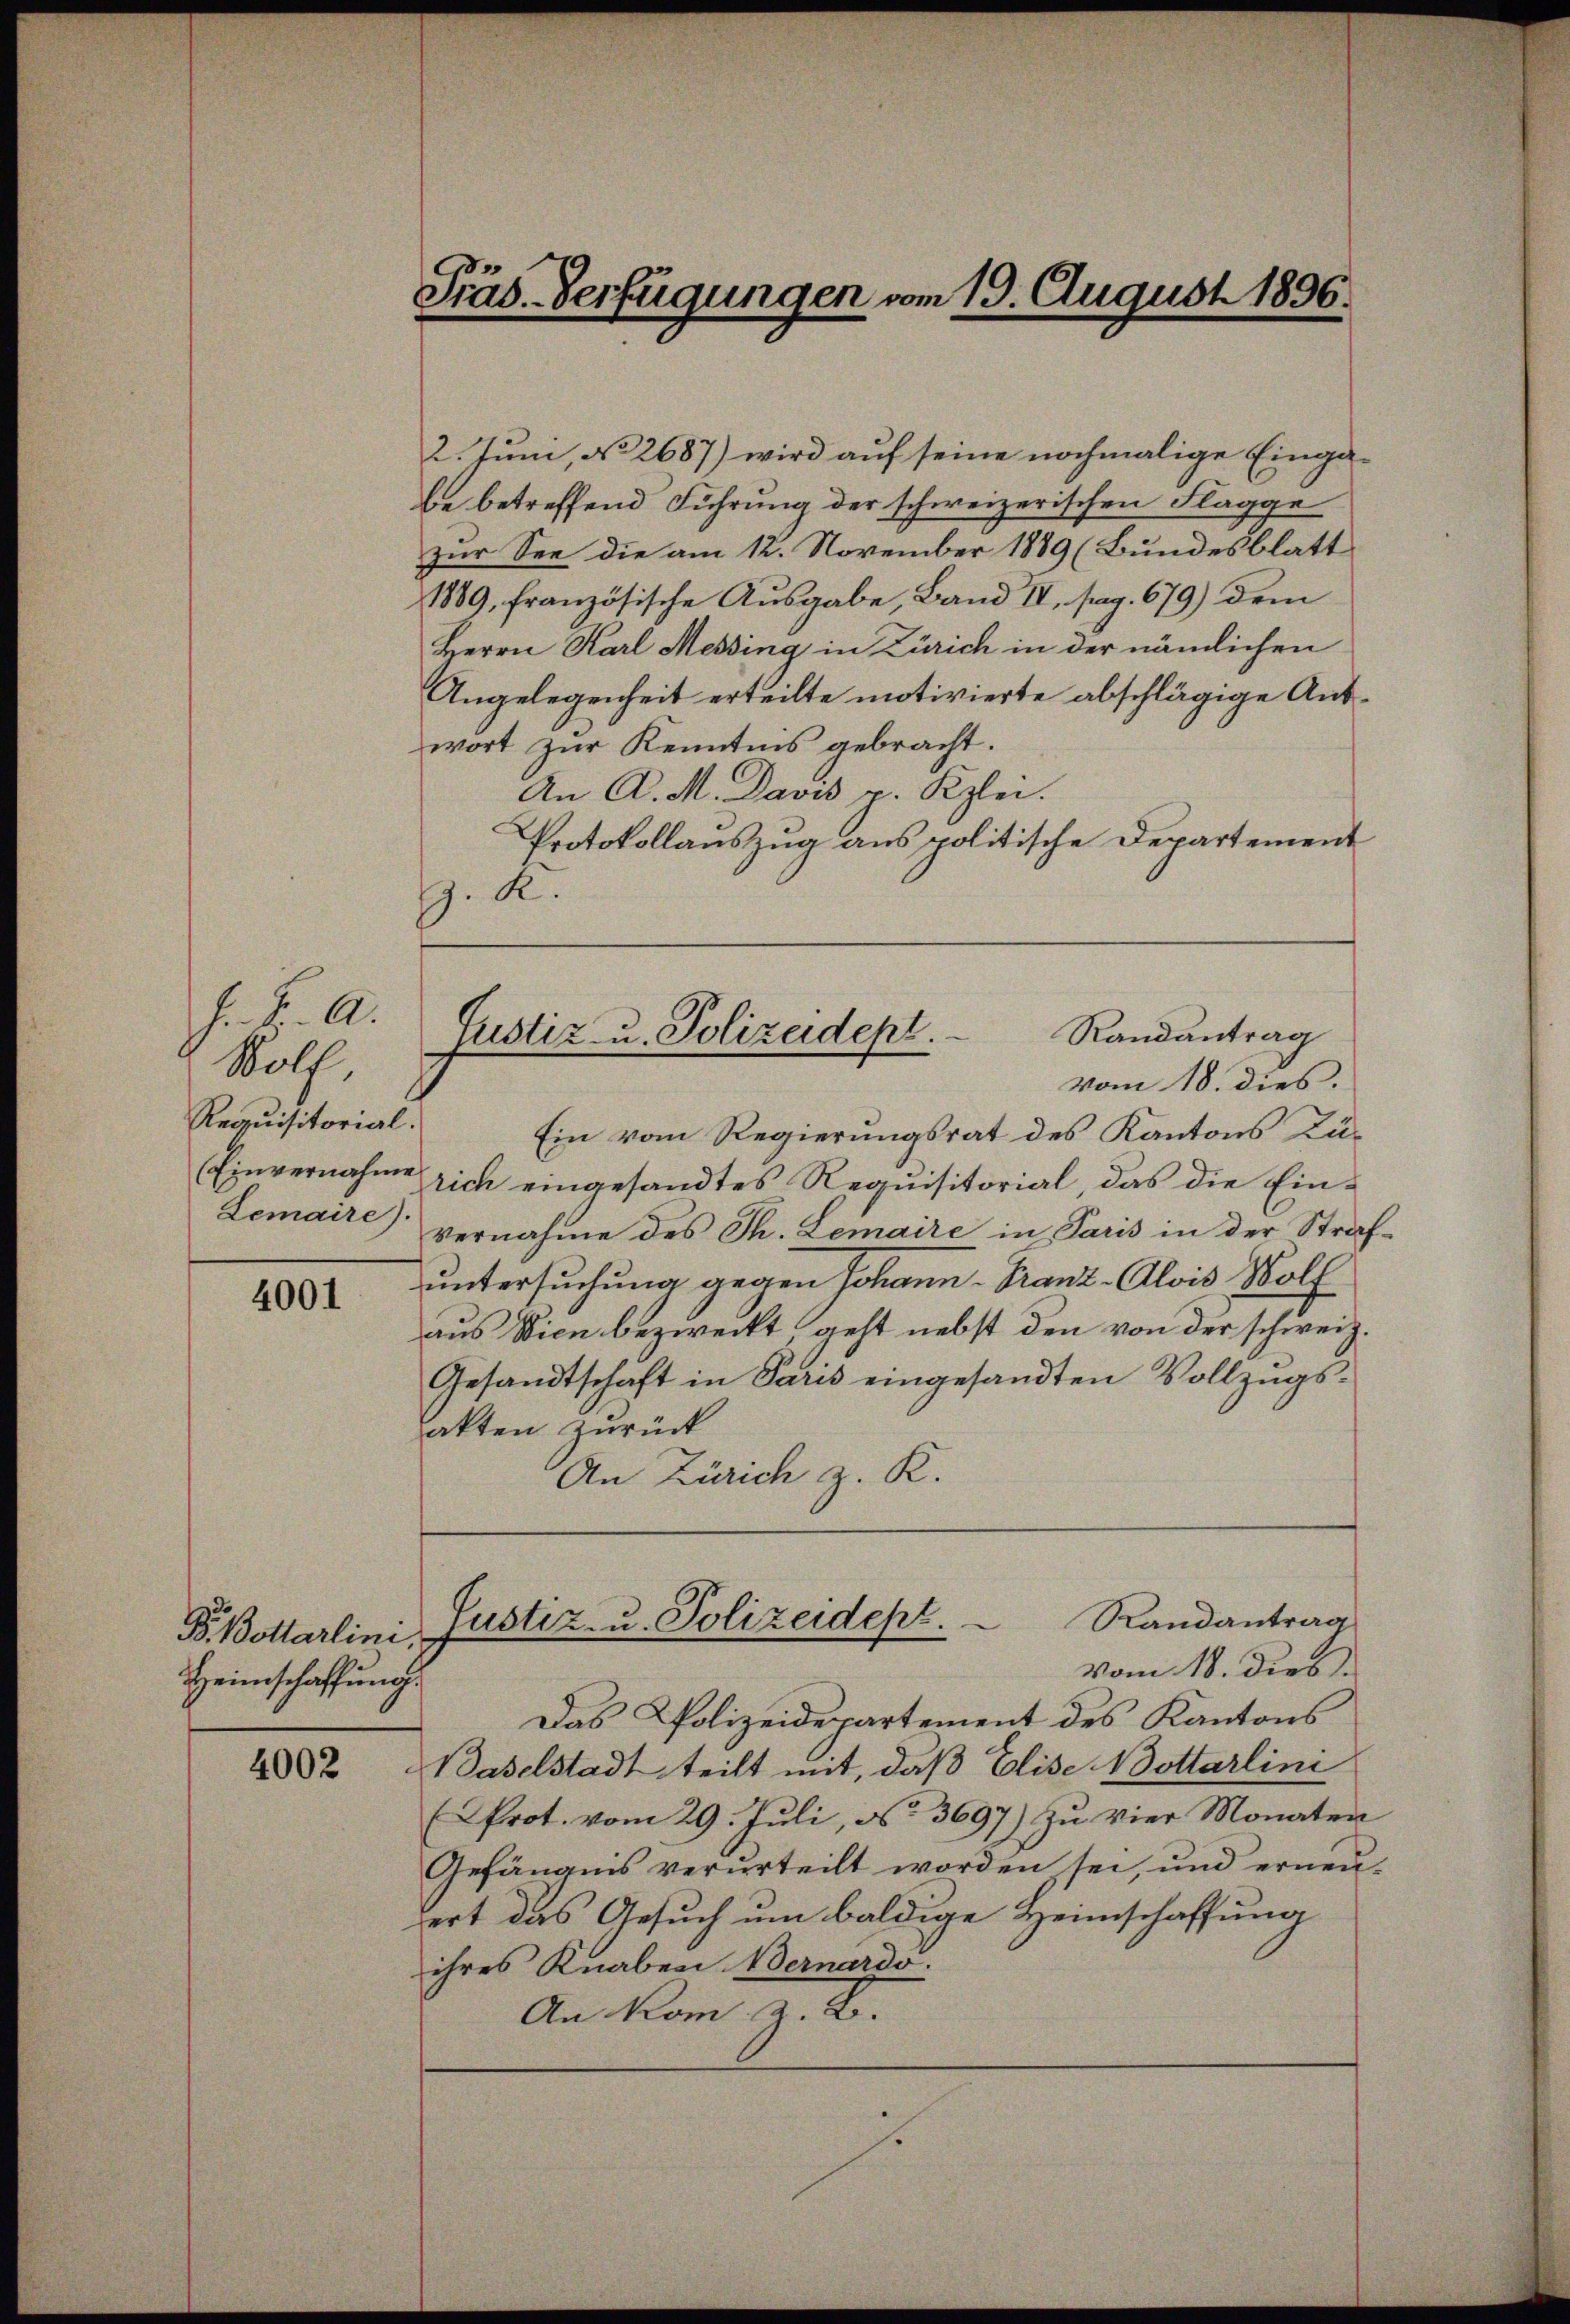
. K. A.
.
Wolf.
Requisitorial.

4001

4002

P. Bollarlini,
Heimschaffung

Präs. Verfügungen vom 19. August 1896.

2. Juni, No 2687) wird auf seine nochmalige Eingabe betreffend Führung der schweizerischen Flagge
zur See die am 12. November 1889 (Bundesblatt
1889, französische Ausgabe, Band IV, pag. 679) dem
Herrn Karl Messing in Zürich in der nämlichen
Angelegenheit erteilte motivierte abschlägige Antwort zur Kenntnis gebracht.
An A. M. Davis v. Kzlei.
Protokollauszug aus politische Departement
. R.

Randantrag
Justiz- u. Polizeidept.

vom 18. dies.

Ein vom Regierungsrat des Kantons Zü¬
Einvernahme rich eingesandtes Requisitorial, das die Ein¬
Lemaire vernahme des Th. Lemaire in Paris in der Strafuntersuchung gegen Johann - Franz-Alois Wolf
aus Wien bezweckt geht nebst den von der schweiz.
Gesandtschaft in Paris eingesandten Vollzugsakten zurück
An Zürich z. K.

Justiz- u. Polizeidept.  Randantrag
vom 18. dies

Das Polizeidepartement des Kantons
Baselstadt teilt mit, daß Elise Nottarlini
Prot. vom 29. Juli, No. 3697) zu vier Monaten
Gefängnis verurteilt worden sei, und erneuert das Gesuch um baldige Heimschaffung
ihres Knaben Bernardo.
An kom z. B.